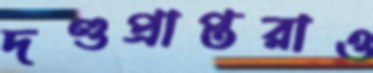
দণ্ডপ্রাপ্তরাও